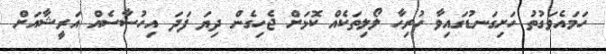
ހަމައެވަގުތު ހަށިގަނޑުގައިވާ ހުރިހާ ލޯލިތަކެއް ކޮޅަށް ޖެހިގެން ދިޔަ ފަދަ އިހުސާސެއް އަރީޝާއަށް